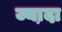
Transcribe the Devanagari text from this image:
ज्या़दा